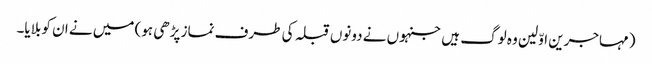
(مہاجرین اوّلین وہ لوگ ہیں جنہوں نے دونوں قبلہ کی طرف نماز پڑھی ہو) میں نے ان کو بلایا۔